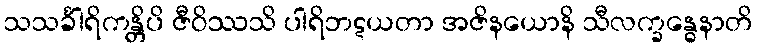
သသင်္ခါရိကန္တိပိ ဇီဝိဿသိ ပါရိဘဋယတာ အဇိနယောနိ သီလက္ခန္ဓေနာတိ